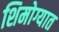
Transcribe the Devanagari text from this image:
शिमोग्यात